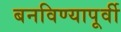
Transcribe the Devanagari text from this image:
बनविण्यापूर्वी